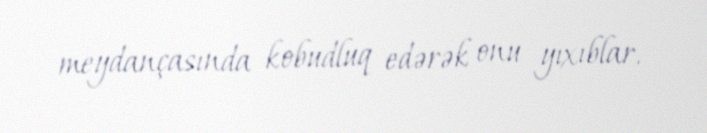
meydançasında kobudluq edərək onu yıxıblar.